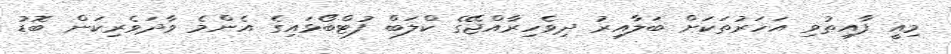
މިއީ ފާއިތުވި އަހަރުތަކަށް ބަލާއިރު ދިވެހިރާއްޖޭގެ ކްލަބް ފުޓްބޯޅައިގެ އެންމެ ވާދަވެރިކަން ބޮޑު